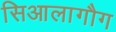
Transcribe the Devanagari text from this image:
सिआलागौग